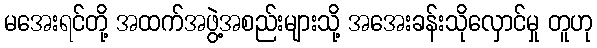
မအေးရင်တို့ အထက်အဖွဲ့အစည်းများသို့ အအေးခန်းသိုလှောင်မှု တူဟု